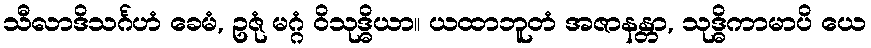
သီလာဒိသင်္ဂဟံ ခေမံ, ဥဇုံ မဂ္ဂံ ဝိသုဒ္ဓိယာ။ ယထာဘူတံ အဇာနန္တာ, သုဒ္ဓိကာမာပိ ယေ